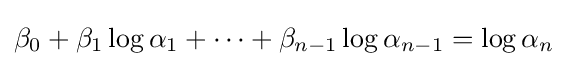
\beta _{0}+\beta _{1}\log \alpha _{1}+\cdots +\beta _{n-1}\log \alpha _{n-1}=\log \alpha _{n}